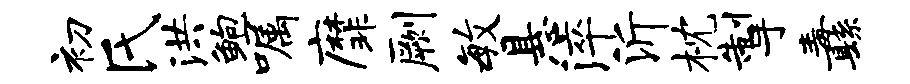
初氏洪鲍嘱縻劂毓悬淬沂枕掣纛